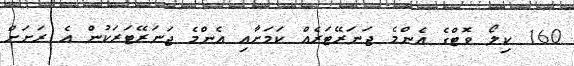
160 ކިލޯ ވޮޓްގެ އެންމެ ޖަނަރޭޓަރެއް ކަމަށާއި އެންމެ ޖަނަރޭޓަރަކުން އެ ރަށަށް